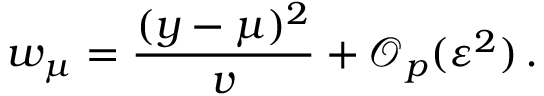
w _ { \mu } = \frac { ( y - \mu ) ^ { 2 } } { v } + \mathcal { O } _ { p } ( \varepsilon ^ { 2 } ) \, .